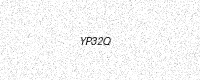
Text: YP32Q